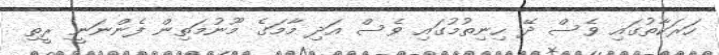
ހަރަކާތުގައި ވެސް ދޭ ހިނިތުމުގައި ވެސް އަދި މާމަގެ މޫނުމަތިން ފެންނަނީ ރީތި